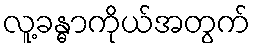
လူ့ခန္ဓာကိုယ်အတွက်